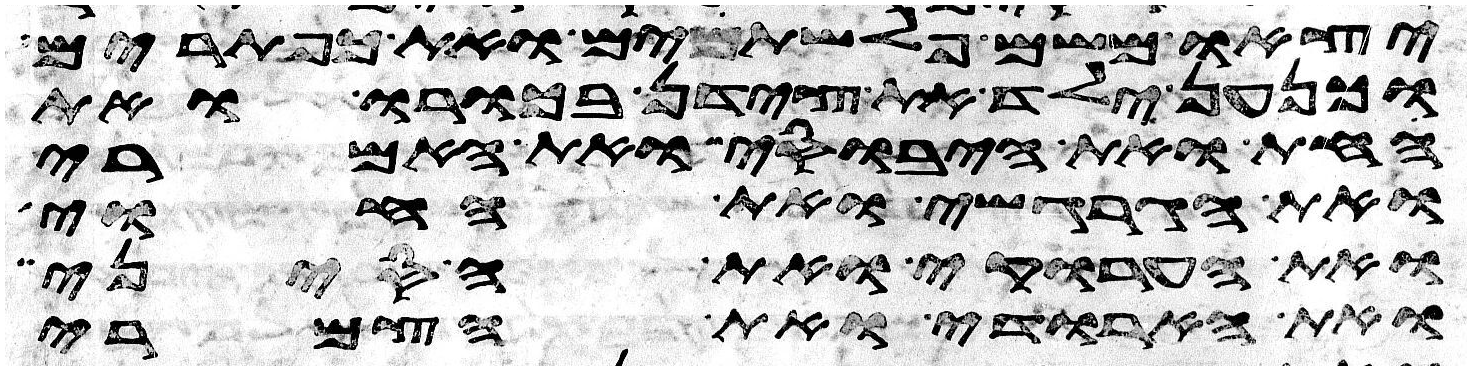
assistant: יצאו משם פלשתים ואת כפתרים
וכנען ילד את צידון בכורו ואת
החת ואת היבוסי ואת האמרי
ואת הגרגשי ואת החוי
ואת הערוקי ואת הסיני
ואת הארודי ואת הצמרי